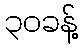
၃၀ခန့်